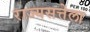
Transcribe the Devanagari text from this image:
राज्यसत्तेला